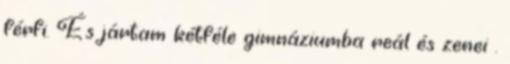
férfi. És jártam kétféle gimnáziumba reál és zenei .